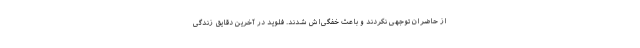
از حاضران توجهی نکردند و باعث خفگی‌اش شدند. فلوید در آخرین دقایق زندگی